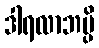
ဒါရလာဘမ္ပိ